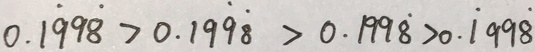
0 . 1 \dot { 9 } 9 \dot { 8 } > 0 . 1 \dot { 9 } \dot { 8 } > 0 . 1 9 9 \dot { 8 } > 0 . \dot { 1 } 9 9 \dot { 8 }